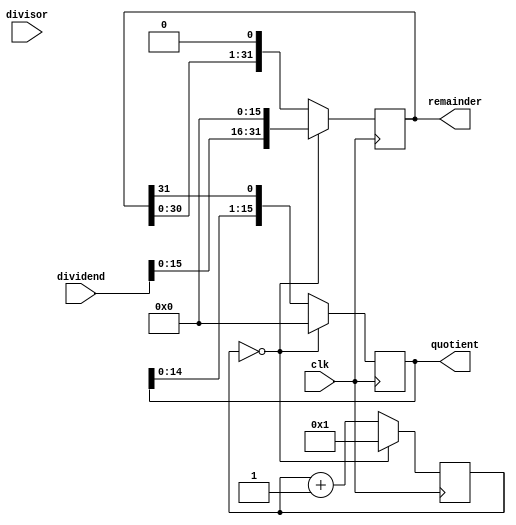
module Radix2SRTDivider (
    input wire clk,               // Clock input
    input wire [31:0] dividend,   // Dividend input
    input wire [31:0] divisor,    // Divisor input
    output wire [15:0] quotient,  // Quotient output
    output wire [31:0] remainder  // Remainder output
);

reg [31:0] A, Q, M, S;
reg [4:0] count;
reg done;

always @ (posedge clk) begin
    if (count == 0) begin
        A <= {dividend, 16'd0};  // Initialize A with dividend padded with 16 zeros
        Q <= 32'd0;              // Initialize Q to zero
        M <= {divisor, 16'd0};   // Initialize M with divisor padded with 16 zeros
        S <= 32'd0;              // Initialize S to zero
        count <= 5'd1;
    end else begin
        if (A[31:16] >= M[31:16]) begin
            A <= A - M;
            S <= S << 1;
            S[0] <= 1;
        end else begin
            S <= S << 1;
        end
        
        Q <= {Q[14:0], A[31]}; // Shift Q to the left and add the next bit of A
        A <= A << 1;          // Shift A to the left
        
        if (count == 5'd32) begin
            done <= 1;
        end else begin
            count <= count + 1;
        end
    end
end

assign quotient = Q;      // Output the quotient
assign remainder = A;     // Output the remainder

endmodule